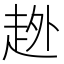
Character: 𧻏